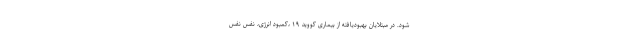
شود. در مبتلایان بهبودیافته از بیماری کووید ۱۹ ،کمبود انرژی، نفس نفس